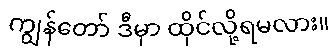
ကျွန်တော် ဒီမှာ ထိုင်လို့ရမလား။